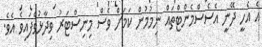
އެ އެހީ ދޭނީ އެސެސްމެންޓްތައް ނިމުމުން ކަމަށް ވެސް މިނިސްޓަރު ވިދާޅުވެފައިވެ އެވެ.